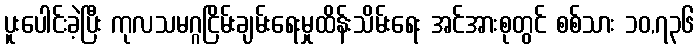
ပူးပေါင်းခဲ့ပြီး ကုလသမဂ္ဂငြိမ်းချမ်းရေးမှုထိန်းသိမ်းရေး အင်အားစုတွင် စစ်သား ၁၀,၇၃၆